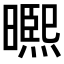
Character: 𭧾